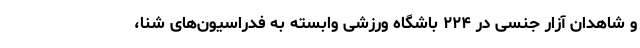
و شاهدان آزار جنسی در ۲۲۴ باشگاه ورزشی وابسته به فدراسیون‌های شنا،